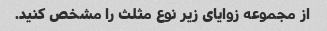
از مجموعه زوایای زیر نوع مثلث را مشخص کنید.